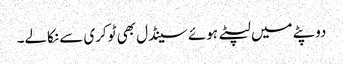
دوپٹے میں لپٹے ہوئے سینڈل بھی ٹوکری سے نکالے۔